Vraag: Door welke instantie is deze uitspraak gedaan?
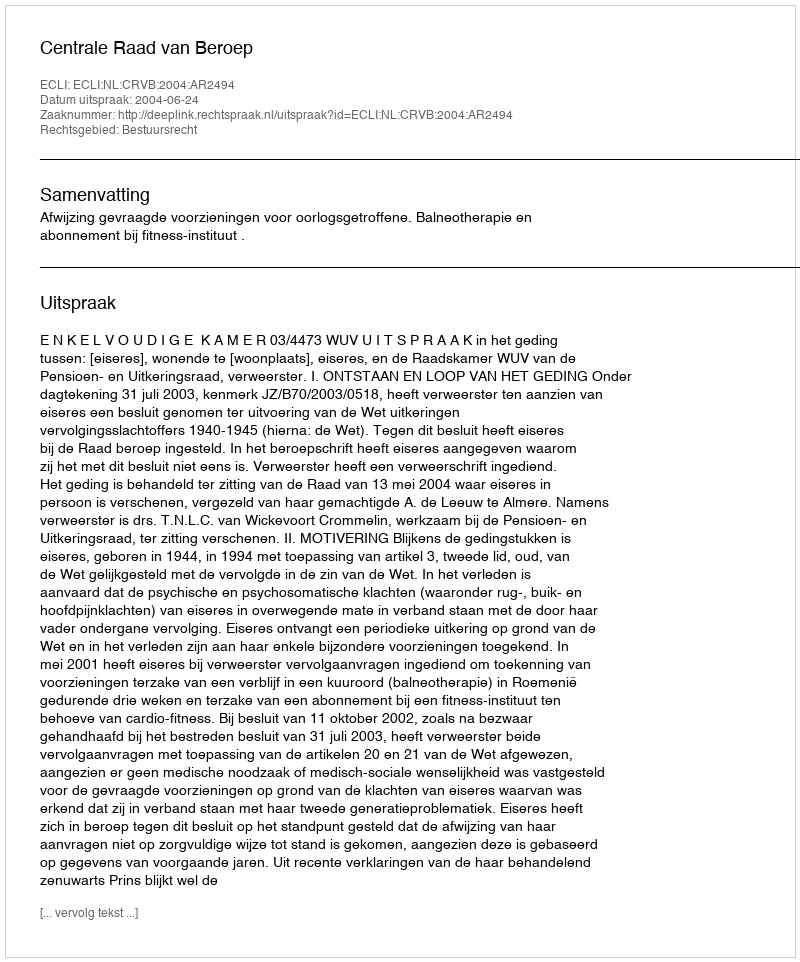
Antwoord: Centrale Raad van Beroep